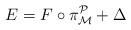
LaTeX: \begin{align*}E=F\circ \pi _{\mathcal{M}}^{\mathcal{P}}+\Delta \end{align*}